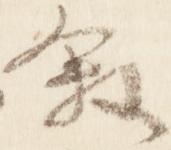
叙